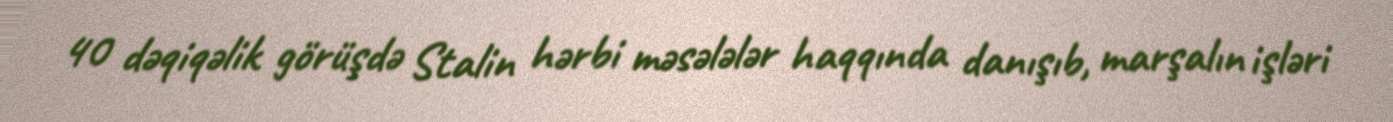
40 dəqiqəlik görüşdə Stalin hərbi məsələlər haqqında danışıb, marşalın işləri